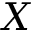
X